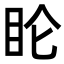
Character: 𬑆